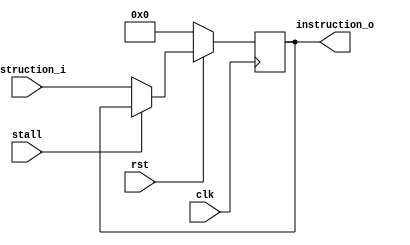
module instruction_fetch(input  clk,
						 input  rst,
						 input  [31:0]instruction_i,
						 input  stall,
						 
						 //input  [31:0] pc_addr,
						 output reg [31:0] instruction_o);

  
  always@(posedge clk) begin
    if(!rst) begin
	  instruction_o <= 32'b0;
	end else begin
	  if(stall)
	    instruction_o <= instruction_o;
	  else 
	    instruction_o <= instruction_i;
	end
  end
  
endmodule